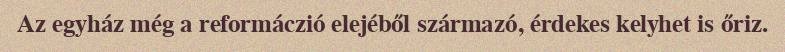
Az egyház még a reformáczió elejéből származó, érdekes kelyhet is őriz.